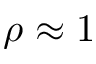
\rho \approx 1